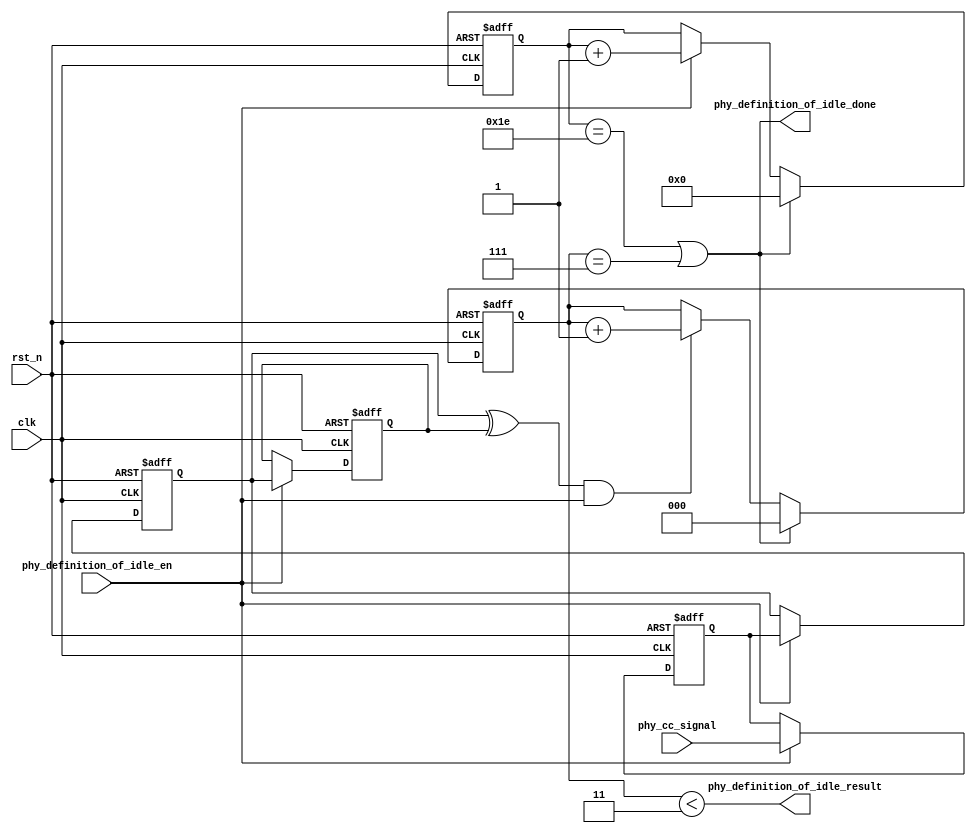
module phy_definition_of_idle(
    clk,
    rst_n,

    phy_cc_signal,

    phy_definition_of_idle_en,
    phy_definition_of_idle_done,
    phy_definition_of_idle_result
    );

input     clk;
input     rst_n;

input     phy_cc_signal;        

input     phy_definition_of_idle_en;        
output    phy_definition_of_idle_done;        
output    phy_definition_of_idle_result;        

localparam CC_IDLE_PERIOD = 10'd30;
localparam CC_IDLE_LIMIT  = 3'd3;

wire      phy_definition_of_idle_cnt_done;
reg       [9:0] phy_definition_of_idle_cnt;

reg       cc_signal_dly1;
reg       cc_signal_dly2;
reg       cc_signal_dly3;
wire      cc_signal_trans_dege;
reg       [2:0] cc_signal_trans_dege_cnt;



always @(posedge clk or negedge rst_n) begin
       if(!rst_n) begin
              phy_definition_of_idle_cnt <= 10'h0;
       end
       else  if(phy_definition_of_idle_done) begin
              phy_definition_of_idle_cnt <= 10'h0;
       end
       else  if(phy_definition_of_idle_en) begin
              phy_definition_of_idle_cnt <= phy_definition_of_idle_cnt + 1'h1;
       end
end


assign  phy_definition_of_idle_cnt_done   = (phy_definition_of_idle_cnt == CC_IDLE_PERIOD);





always @(posedge clk or negedge rst_n) begin
       if(!rst_n) begin
              cc_signal_dly1 <= 1'b1;
              cc_signal_dly2 <= 1'b1;
              cc_signal_dly3 <= 1'b1;
       end
       else if(phy_definition_of_idle_en) begin
              cc_signal_dly1 <= phy_cc_signal;
              cc_signal_dly2 <= cc_signal_dly1;
              cc_signal_dly3 <= cc_signal_dly2;
       end
end


assign  cc_signal_trans_dege   = cc_signal_dly2 ^ cc_signal_dly3;


always @(posedge clk or negedge rst_n) begin
       if(!rst_n) begin
              cc_signal_trans_dege_cnt <= 3'h0;
       end
       else  if(phy_definition_of_idle_done) begin
              cc_signal_trans_dege_cnt <= 3'h0;
       end
       else  if(cc_signal_trans_dege && phy_definition_of_idle_en) begin
              cc_signal_trans_dege_cnt <= cc_signal_trans_dege_cnt + 1'h1;
       end
end



assign  phy_definition_of_idle_done     = phy_definition_of_idle_cnt_done || (cc_signal_trans_dege_cnt == 3'h7);
assign  phy_definition_of_idle_result   = (cc_signal_trans_dege_cnt < CC_IDLE_LIMIT);



endmodule